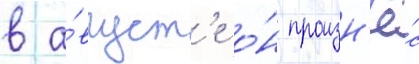
в а́вгуст'е о́н произн'ё́с